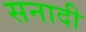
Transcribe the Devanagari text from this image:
सनादी